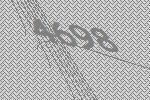
4698